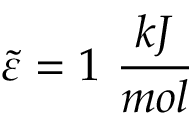
\tilde { \varepsilon } = 1 ~ \frac { k J } { m o l }